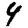
Digit: 4